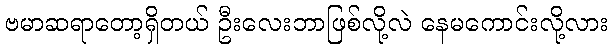
ဗမာဆရာတော့ရှိတယ် ဦးလေးဘာဖြစ်လို့လဲ နေမကောင်းလို့လား